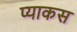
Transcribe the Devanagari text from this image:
प्याकस